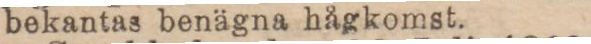
bekantas benägna hågkomst.